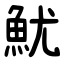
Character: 魷